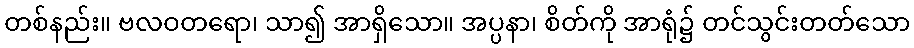
တစ်နည်း။ ဗလဝတရော၊ သာ၍ အာရှိသော။ အပ္ပနာ၊ စိတ်ကို အာရုံ၌ တင်သွင်းတတ်သော